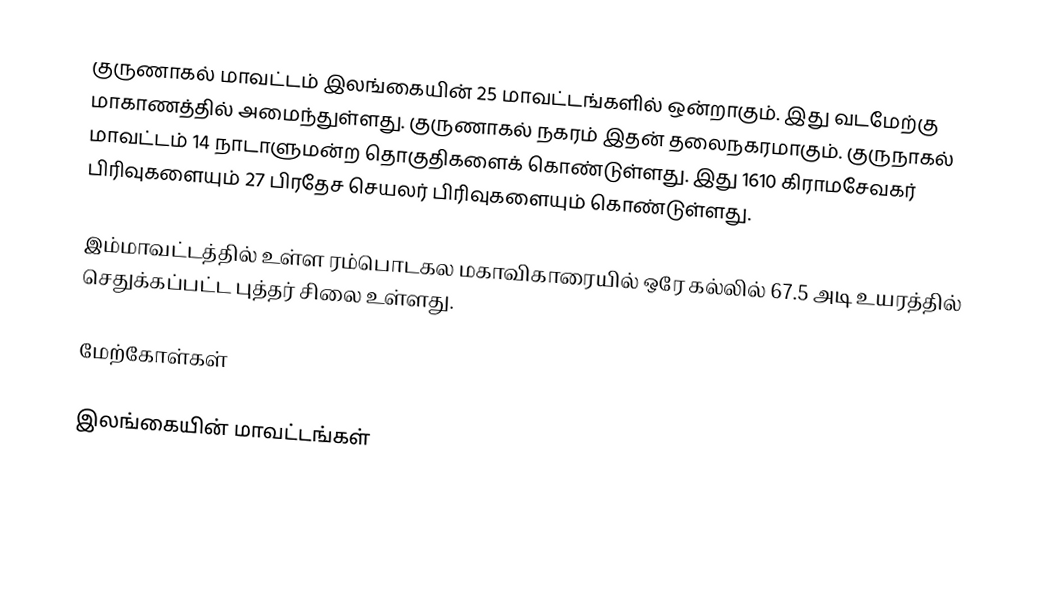
குருணாகல் மாவட்டம் இலங்கையின் 25 மாவட்டங்களில் ஒன்றாகும். இது வடமேற்கு மாகாணத்தில் அமைந்துள்ளது. குருணாகல் நகரம் இதன் தலைநகரமாகும். குருநாகல் மாவட்டம் 14 நாடாளுமன்ற தொகுதிகளைக் கொண்டுள்ளது. இது 1610  கிராமசேவகர் பிரிவுகளையும் 27 பிரதேச செயலர் பிரிவுகளையும் கொண்டுள்ளது.

இம்மாவட்டத்தில் உள்ள ரம்பொடகல மகாவிகாரையில் ஒரே கல்லில் 67.5 அடி உயரத்தில் செதுக்கப்பட்ட புத்தர் சிலை உள்ளது.

மேற்கோள்கள்

இலங்கையின் மாவட்டங்கள்